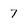
Character: 7